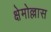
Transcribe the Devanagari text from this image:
क्षेमोल्लास